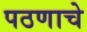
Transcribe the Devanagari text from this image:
पठणाचे